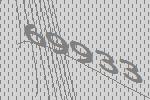
69933